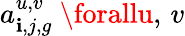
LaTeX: a_{\mathbf{i},j,g}^{u,v}\ \forallu,\, v